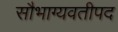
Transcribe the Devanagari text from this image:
सौभाग्यवतीपद